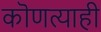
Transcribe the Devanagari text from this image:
कॊणत्याही